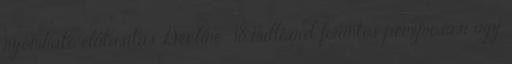
nyomható elutasítás Decline . 18 milliárd forintos pénzmosási ügy